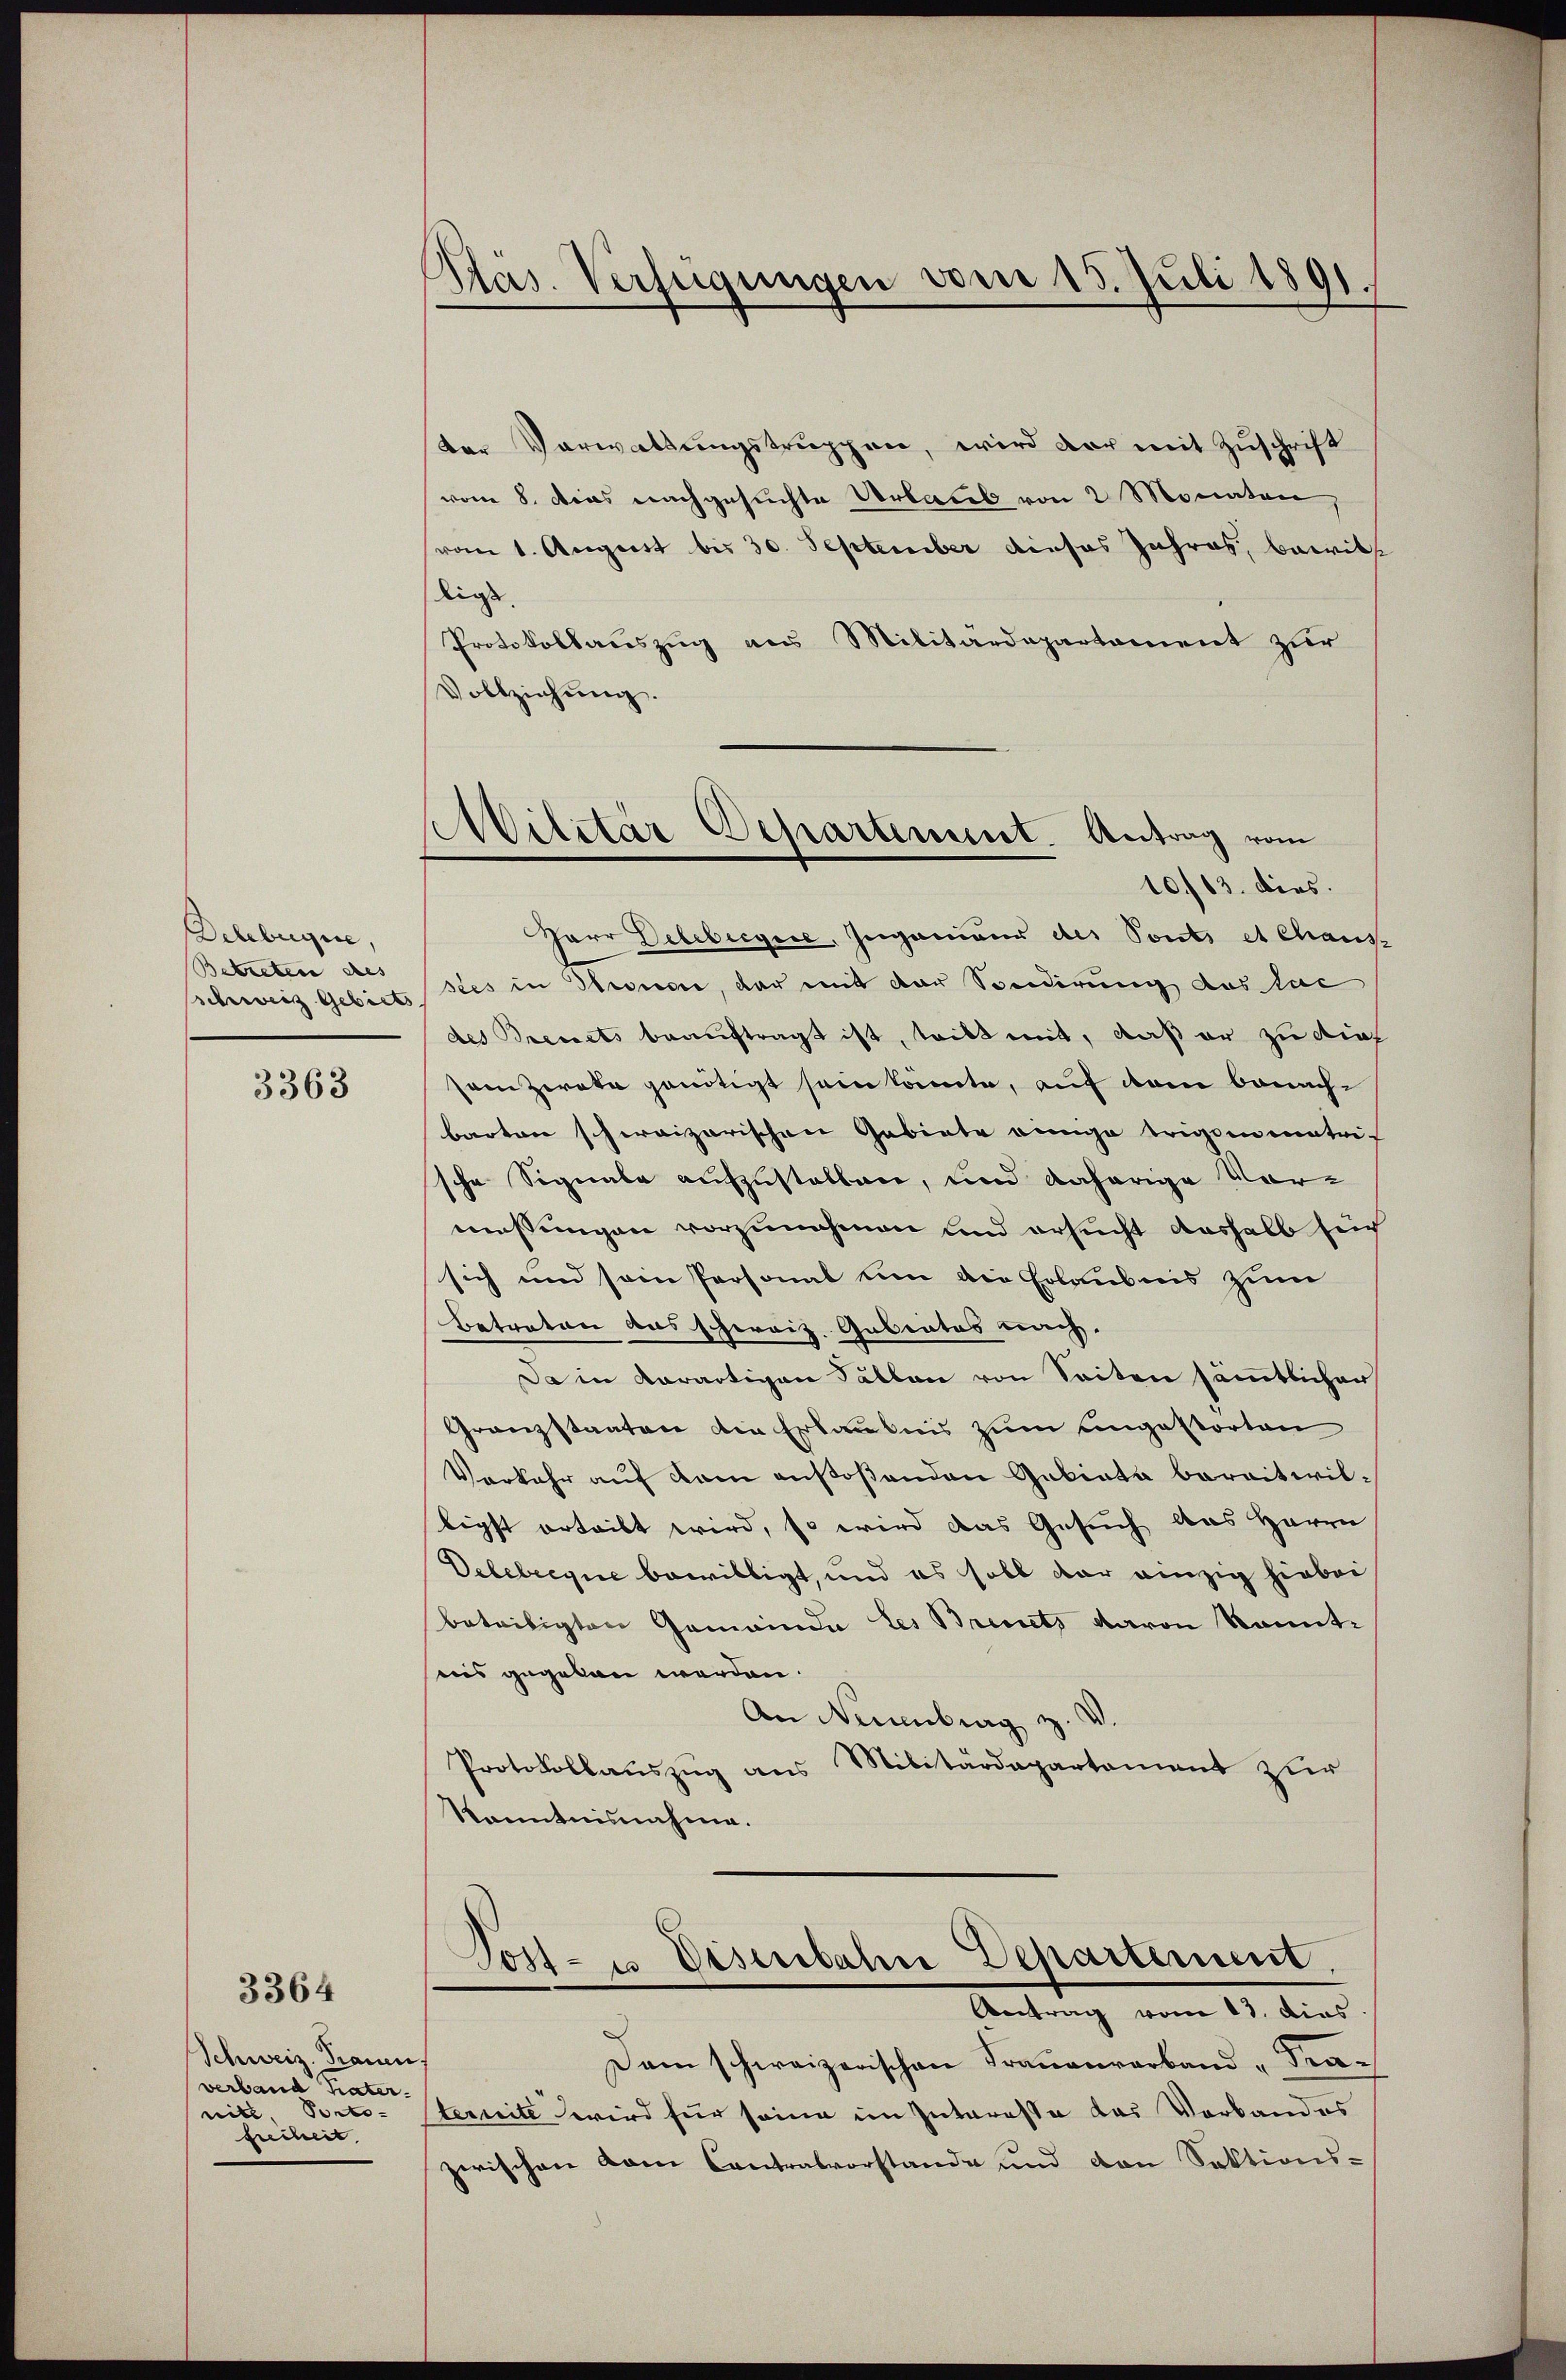
Dchbugue,
Betreten des |
schweiz Gebiets

3363

Schweiz. Trauen.
verband Vater.
nitt Porto-
freiheit.

3364

.
pras. Verfügungen vom 15. Juli 1891.

Militär Departement. Antrag vom
10./13. dies

Der Verwaltungstruppen, wird der mit Zuschrift
vom 8. Dies nachgesuchte Urlaub von 2 Monaten,
vom 1. August bis 30. September dieses Jahres, bewill
ligs
Protokollauszug aus Militärdepartement zur
Vollziehŭng.
Herr Delibergie, Ingenieur des Ponts et Chaus-
stes in Theide, der mit der Sonderung des das
des Brevets beauftragt ist, tritt mit, daß er zu dies
sam zwote genötigt sein könnte, auf dem benachbarten schweizerischen Gebiete einige trigen entrif
sche Signale aufzustellen, und daherige Vor-
messungen vorzunehmen und ersucht deshalb sich
sich und sein Personal um die Erlaubnis zum
Betreten das schorviz. Gabritas nach.
Da in derartigen Fällen von Seiten sämmtlicher
Granzstaaten die Erlaubnis zum Angestorten
Verkehr auf kam ansoßenden Gebiete bereitwil-
ligst erteilt wird, so wird das Gesuch das Herrn
Debelregie bewilligt, und es soll der einzig hiebei
beteiligten Gemeinde les Brevets davon kanntiis gegeben werden.
An Neuenburg z. V.
Protokollauszug aus Militärdepartement zur
Kenntnisnahme.
Post- u. Disenbahne Departement
Antrag vom 13. dies
Dam schweizerischen Frauenverband u Fraternite wird für seine im Interesse das Verbandes
zwischen vom Contralvorstande und von Sektions-